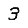
Digit: 3